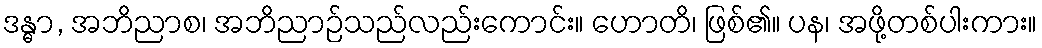
ဒန္ဓာ, အဘိညာစ၊ အဘိညာဉ်သည်လည်းကောင်း။ ဟောတိ၊ ဖြစ်၏။ ပန၊ အဖို့တစ်ပါးကား။